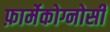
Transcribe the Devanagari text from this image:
फ़ार्मेकोग्नोसी